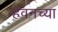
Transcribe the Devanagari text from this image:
हेवनच्या